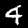
Label: 4